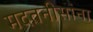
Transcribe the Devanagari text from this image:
मदतनीसांना